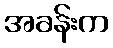
အခန်းက